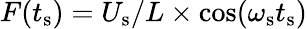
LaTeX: F(t_{\textrm{s}})=U_{\textrm{s}}/L\times\cos(\omega_{\textrm{s}}t_{\textrm{s}})